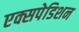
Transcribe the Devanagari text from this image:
एक्सपेडिशन